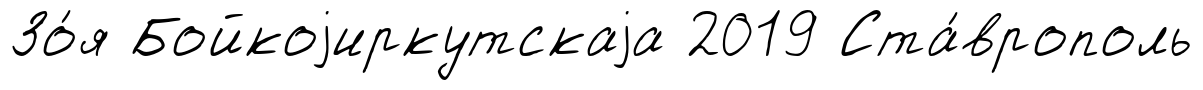
Зо́я Бойкоjиркутскаjа 2019 Ста́врополь